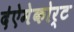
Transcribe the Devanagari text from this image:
द॑ऐमेकोर्ट